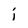
Character: i